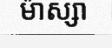
ម៉ាស្សា